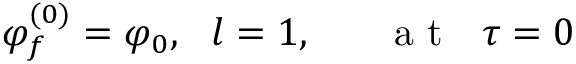
\varphi _ { f } ^ { ( 0 ) } = \varphi _ { 0 } , ~ ~ l = 1 , ~ ~ ~ ~ ~ \mathrm { ~ a ~ t ~ } ~ ~ \tau = 0